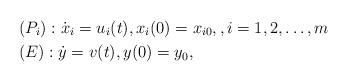
LaTeX: \begin{align*} &(P_i):\dot{x}_i=u_i(t), x_i(0)=x_{i0},, i=1,2,\ldots,m\\&(E):\dot{y}=v(t), y(0)=y_0, \end{align*}